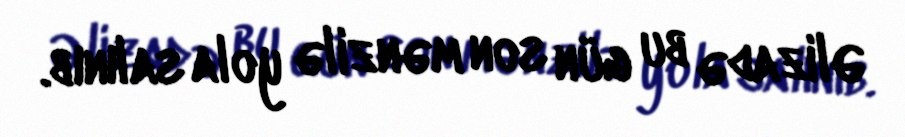
Əlizadə bu gün son mənzilə yola salınıb.